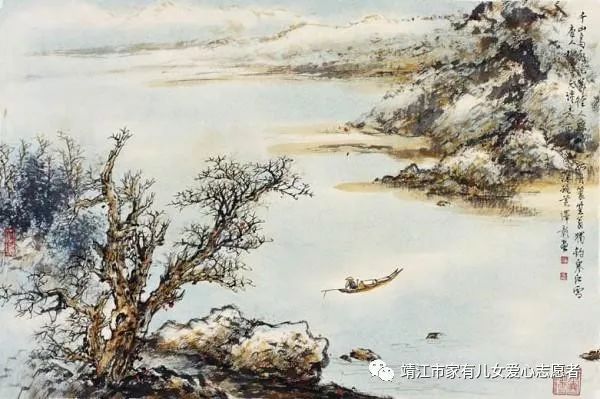
燕山雪花大如席，片片吹落轩辕台。